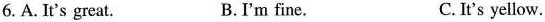
6. A. It's great. B.I'm fine. C. It's yellow.